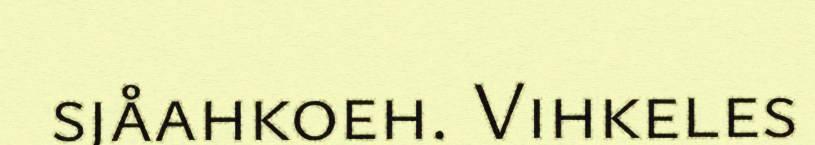
sjåahkoeh. Vihkeles